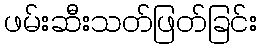
ဖမ်းဆီးသတ်ဖြတ်ခြင်း